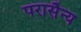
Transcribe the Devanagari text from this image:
परासैन्य